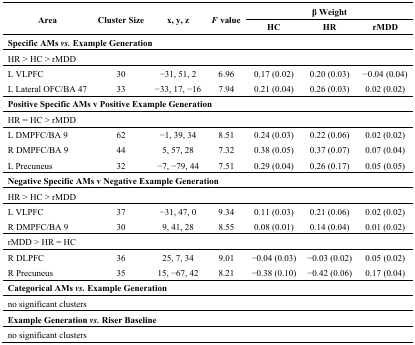
<table><thead><tr><td rowspan="2"><b>Area</b></td><td rowspan="2"><b>Cluster Size</b></td><td rowspan="2"><b>x, y, z</b></td><td rowspan="2"><b><i>F</i> value</b></td><td colspan="3"><b>β Weight</b></td></tr><tr><td><b>HC</b></td><td><b>HR</b></td><td><b>rMDD</b></td></tr></thead><tbody><tr><td colspan="7"><b>Specific AMs <i>vs.</i> Example Generation</b></td></tr><tr><td colspan="7">HR &gt; HC &gt; rMDD</td></tr><tr><td>L VLPFC</td><td>30</td><td>−31, 51, 2</td><td>6.96</td><td>0.17 (0.02)</td><td>0.20 (0.03)</td><td>−0.04 (0.04)</td></tr><tr><td>L Lateral OFC/BA 47</td><td>33</td><td>−33, 17, −16</td><td>7.94</td><td>0.21 (0.04)</td><td>0.26 (0.03)</td><td>0.02 (0.02)</td></tr><tr><td colspan="7"><b>Positive Specific AMs v Positive Example Generation</b></td></tr><tr><td colspan="7">HR = HC &gt; rMDD</td></tr><tr><td>L DMPFC/BA 9</td><td>62</td><td>−1, 39, 34</td><td>8.51</td><td>0.24 (0.03)</td><td>0.22 (0.06)</td><td>0.02 (0.02)</td></tr><tr><td>R DMPFC/BA 9</td><td>44</td><td>5, 57, 28</td><td>7.32</td><td>0.38 (0.05)</td><td>0.37 (0.07)</td><td>0.07 (0.04)</td></tr><tr><td>L Precuneus</td><td>32</td><td>−7, −79, 44</td><td>7.51</td><td>0.29 (0.04)</td><td>0.26 (0.17)</td><td>0.05 (0.05)</td></tr><tr><td colspan="7"><b>Negative Specific AMs v Negative Example Generation</b></td></tr><tr><td>HR &gt; HC &gt; rMDD</td><td></td><td></td><td></td><td></td><td></td><td></td></tr><tr><td>L VLPFC</td><td>37</td><td>−31, 47, 0</td><td>9.34</td><td>0.11 (0.03)</td><td>0.21 (0.06)</td><td>0.02 (0.02)</td></tr><tr><td>R DMPFC/BA 9</td><td>30</td><td>9, 41, 28</td><td>8.55</td><td>0.08 (0.01)</td><td>0.14 (0.04)</td><td>0.01 (0.02)</td></tr><tr><td>rMDD &gt; HR = HC</td><td></td><td></td><td></td><td></td><td></td><td></td></tr><tr><td>R DLPFC</td><td>36</td><td>25, 7, 34</td><td>9.01</td><td>−0.04 (0.03)</td><td>−0.03 (0.02)</td><td>0.05 (0.02)</td></tr><tr><td>R Precuneus</td><td>35</td><td>15, −67, 42</td><td>8.21</td><td>−0.38 (0.10)</td><td>−0.42 (0.06)</td><td>0.17 (0.04)</td></tr><tr><td colspan="7"><b>Categorical AMs <i>vs.</i> Example Generation</b></td></tr><tr><td colspan="7">no significant clusters</td></tr><tr><td colspan="7"><b>Example Generation <i>vs.</i> Riser Baseline</b></td></tr><tr><td colspan="7">no significant clusters</td></tr></tbody></table>